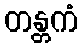
တန္တကံ